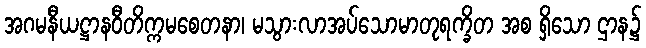
အဂမနီယဋ္ဌာနဝီတိက္ကမစေတနာ၊ မသွားလာအပ်သောမာတုရက္ခိတ အစ ရှိသော ဌာန၌